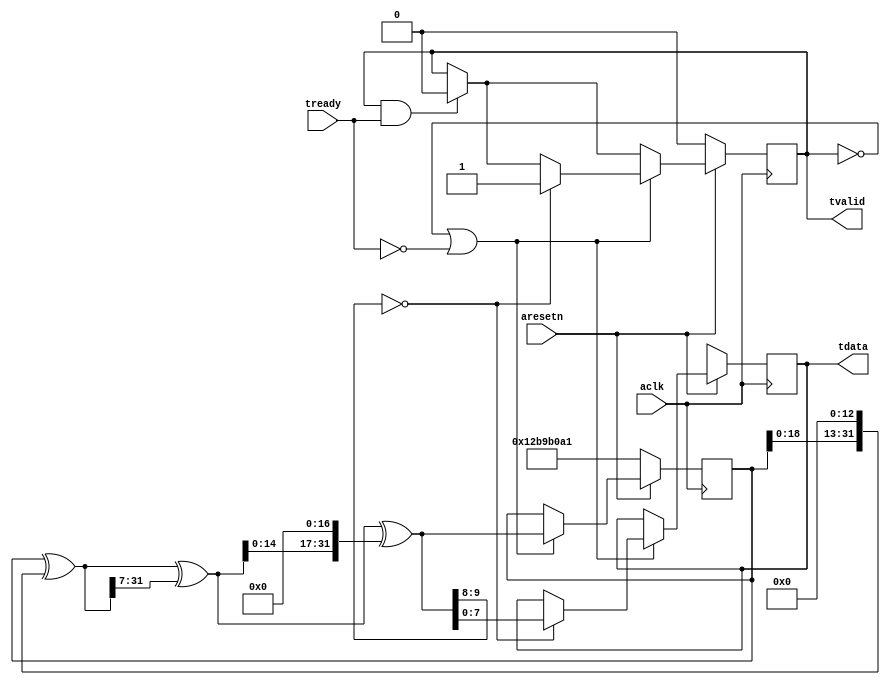
module axis_master(aclk, aresetn, tvalid, tready, tdata);
    input aclk, aresetn, tready;
    output reg tvalid;
    output reg [7:0] tdata;

    reg [31:0] state;
    always @(posedge aclk) begin
        if (!aresetn) begin
	    state <= 314159265;
	    tvalid <= 0;
	    tdata <= 'bx;
	end else begin
	    if (tvalid && tready)
	    	tvalid <= 0;
	    if (!tvalid || !tready) begin
	    //             ^- should not be inverted!
                state = state ^ state << 13;
                state = state ^ state >> 7;
                state = state ^ state << 17;
		if (state[9:8] == 0) begin
		    tvalid <= 1;
		    tdata <= state;
		end
	    end
	end
    end
endmodule